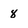
Character: 8